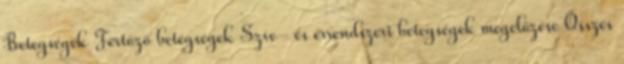
Betegségek Fertőző betegségek Szív- és érrendszeri betegségek megelőzése Összes